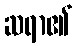
ဆရာ၏